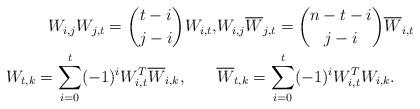
LaTeX: \begin{align*}\begin{aligned}W_{i,j}W_{j,t}=\binom{t-i}{j-i}W_{i,t},& W_{i,j}\overline W_{j,t}=\binom{n-t-i}{j-i}\overline W_{i,t}\\W_{t,k}=\sum_{i=0}^t(-1)^iW_{i,t}^T\overline W_{i,k}, \qquad& \overline W_{t,k}=\sum_{i=0}^t(-1)^iW_{i,t}^TW_{i,k}.\end{aligned}\end{align*}